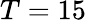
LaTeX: T=15